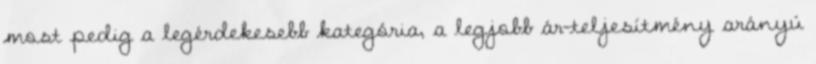
most pedig a legérdekesebb kategória, a legjobb ár-teljesítmény arányú